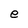
Character: e